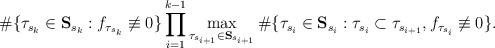
LaTeX: \begin{align*} \#\{\tau_{s_k}\in{\bf{S}}_{s_k}:f_{\tau_{s_k}}\not\equiv 0\}\prod_{i=1}^{k-1}\max_{\tau_{s_{i+1}}\in{\bf{S}}_{s_{i+1}}}\#\{\tau_{s_i}\in{\bf{S}}_{s_i}:\tau_{s_i}\subset\tau_{s_{i+1}},f_{\tau_{s_i}}\not\equiv 0\}. \end{align*}